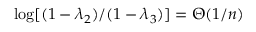
\log [ ( 1 - \lambda _ { 2 } ) / ( 1 - \lambda _ { 3 } ) ] = \Theta ( 1 / n )